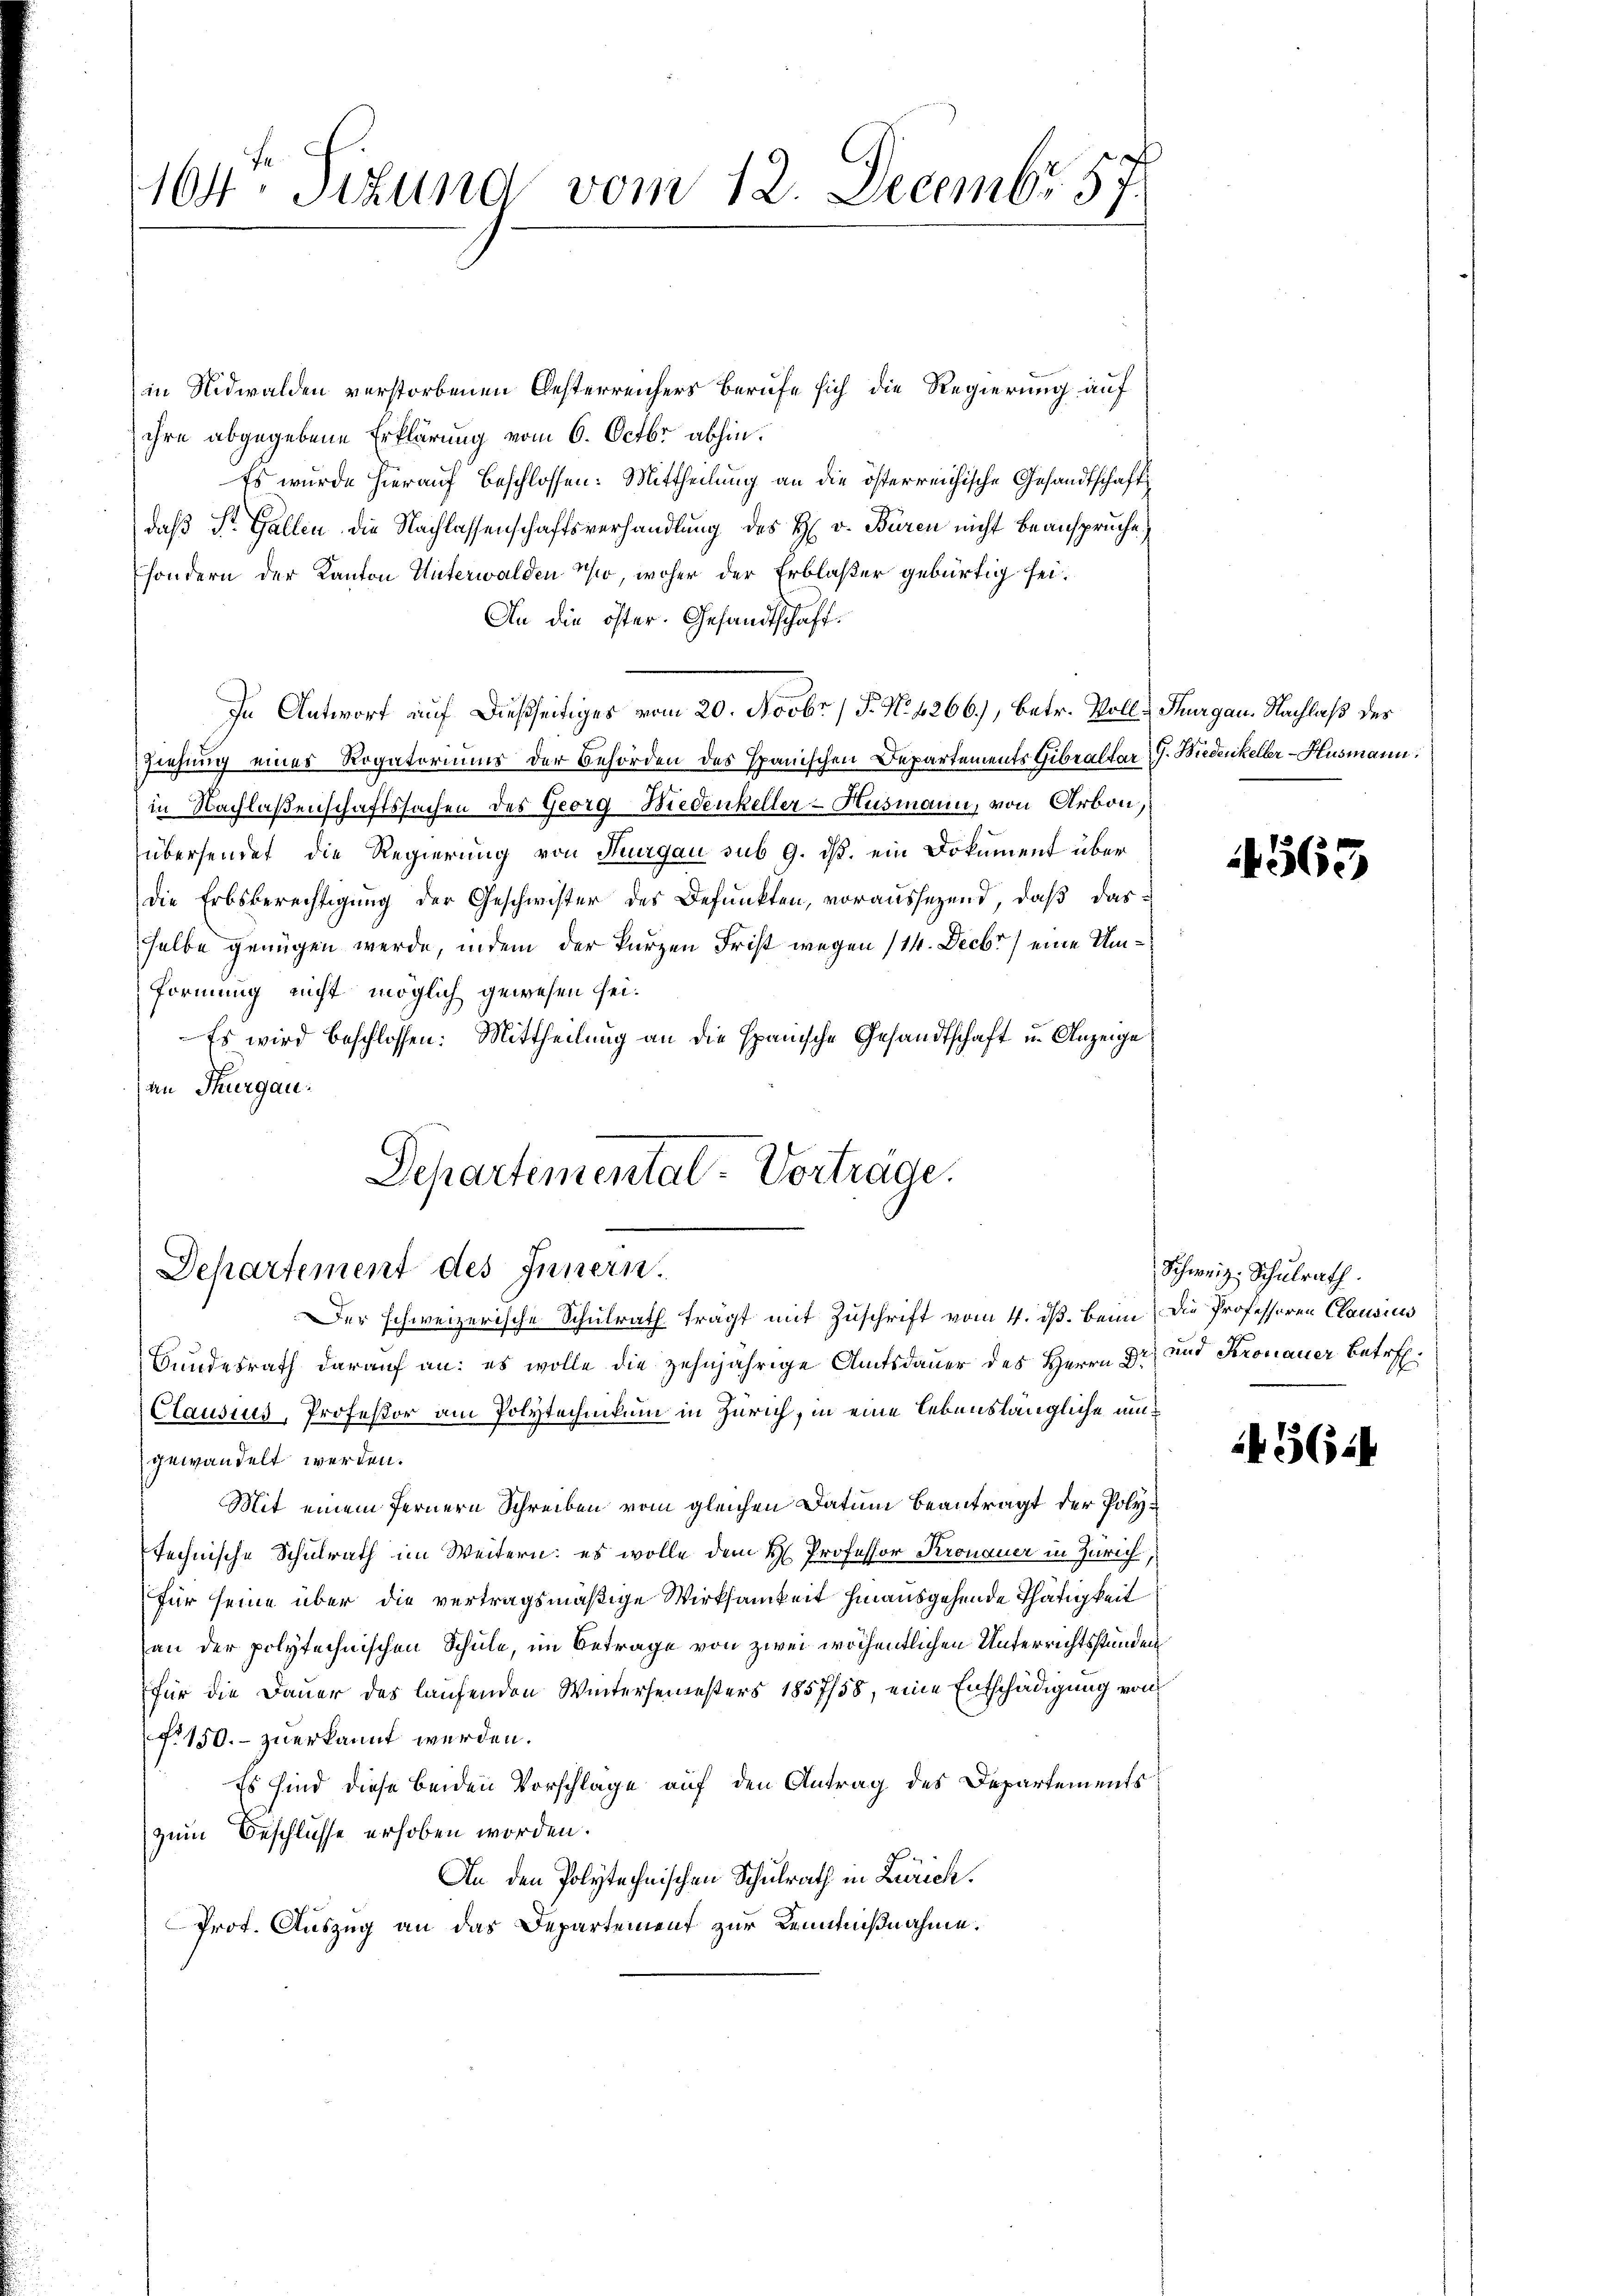
1604. Tizund vom 12. Decembr. 57.

in Nidwalden verstorbenen Oesterreichers berufe sich die Regierung auf
ihre abgegebene Erklärung vom 6. Octbr. abhin.
Es wurde hierauf Beschlossen: Mittheilung an die österreichische Gesandtschaft
daß St. Gallen die Nachlassenschaftsverhandlung des H. v. Büren nicht beanspruche,
sondern der Kanton Unterwalden 1, woher der Erblaser gebürtig sei.
An die öfter. Gesandtschaft.
In Antwort auf dießseitiges vom 20. Novbr. / 5. No 1266), betr. Voll-Thurgau. Nachlaß des
Ziehung eines Rogatoriums der Behörden des Spanischen Departements Gibraltar G. Biedenkeller-Husmann.
in Nachlaßenschaftssachen des Georg Biedenkeller-Ausmann, von Arbon,
übersendet die Regierung von Thurgau sub 9. ds. ein Dokument über
Die Erbsberechtigung der Geschwister des Befunkten, voraussezend, daß das
selbe genügen werde, indem der kurzen Frist wegen (14. Decbr. / eine Umformung nicht möglich gewesen sei.
Es wird beschlossen: Mittheilung an die spanische Gesandtschaft in Anzeige
an Thurgau.
Departemental-Vorträge.
Departement des Innern.
Der schweizerische Schulrath trägt mit Zuschrift vom 4. ds. beim die Professoren Clausius
Bundesrath darauf an: es wolle die zehnjährige Amtsdauer des Herrn Dr. und Kronauer Betreff
Clausius, Professor am Polytechnikum in Zürich, in eine lebenslängliche umgewandelt werden.
Mit einem fernern Schreiben vom gleichen Datum beantragt der Polytechnische Schulrath im Weitern; es wolle dem H. Professor Kronauer in Zürich,
für seine über die vertragsmäßige Wirksamkeit hinausgehende Thätigkeit
an der polytechnischen Schule, im Betrage von zwei wöchentlichen Unterrichtsstunden
für die Dauer des laufenden Wintersemesters 1857/58, eine Entschädigung von
No 150.- zuerkannt werden.
Es sind diese beiden Vorschlage auf den Antrag des Departements
zum Beschlüsse erhoben worden.
An den Polytechnischen Schulrath in Zürich.
Prot. Auszug an das Departement zur Kennißnahme.

4563

Schweiz. Schulrath.

436: